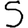
Digit: 5